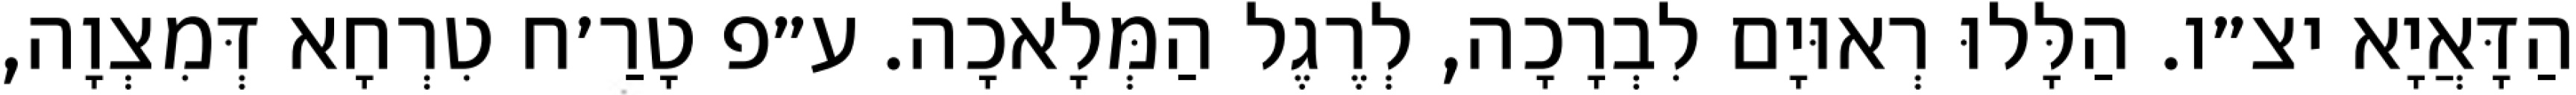
הַדָּאֲיָא יצ״ו. הַלָּלוּ רְאוּיָם לִבְרָכָה, לְרֶגֶל הַמְּלָאכָה. ע״פ טָרַ׳ח טִרְחָא דְּמִצְוָה,